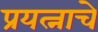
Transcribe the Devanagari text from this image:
प्रयत्नाचे